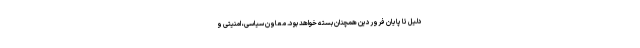
دلیل تا پایان فروردین همچنان بسته خواهد بود. معاون سیاسی، امنیتی و